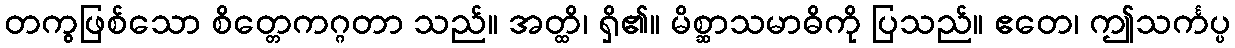
တကွဖြစ်သော စိတ္တေကဂ္ဂတာ သည်။ အတ္ထိ၊ ရှိ၏။ မိစ္ဆာသမာဓိကို ပြသည်။ ဧတေ၊ ဤသင်္ကပ္ပ